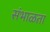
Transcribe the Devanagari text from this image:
संभाळता